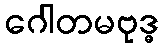
ဂေါတမဗုဒ္ဓ